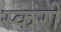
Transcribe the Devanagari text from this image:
स्करो